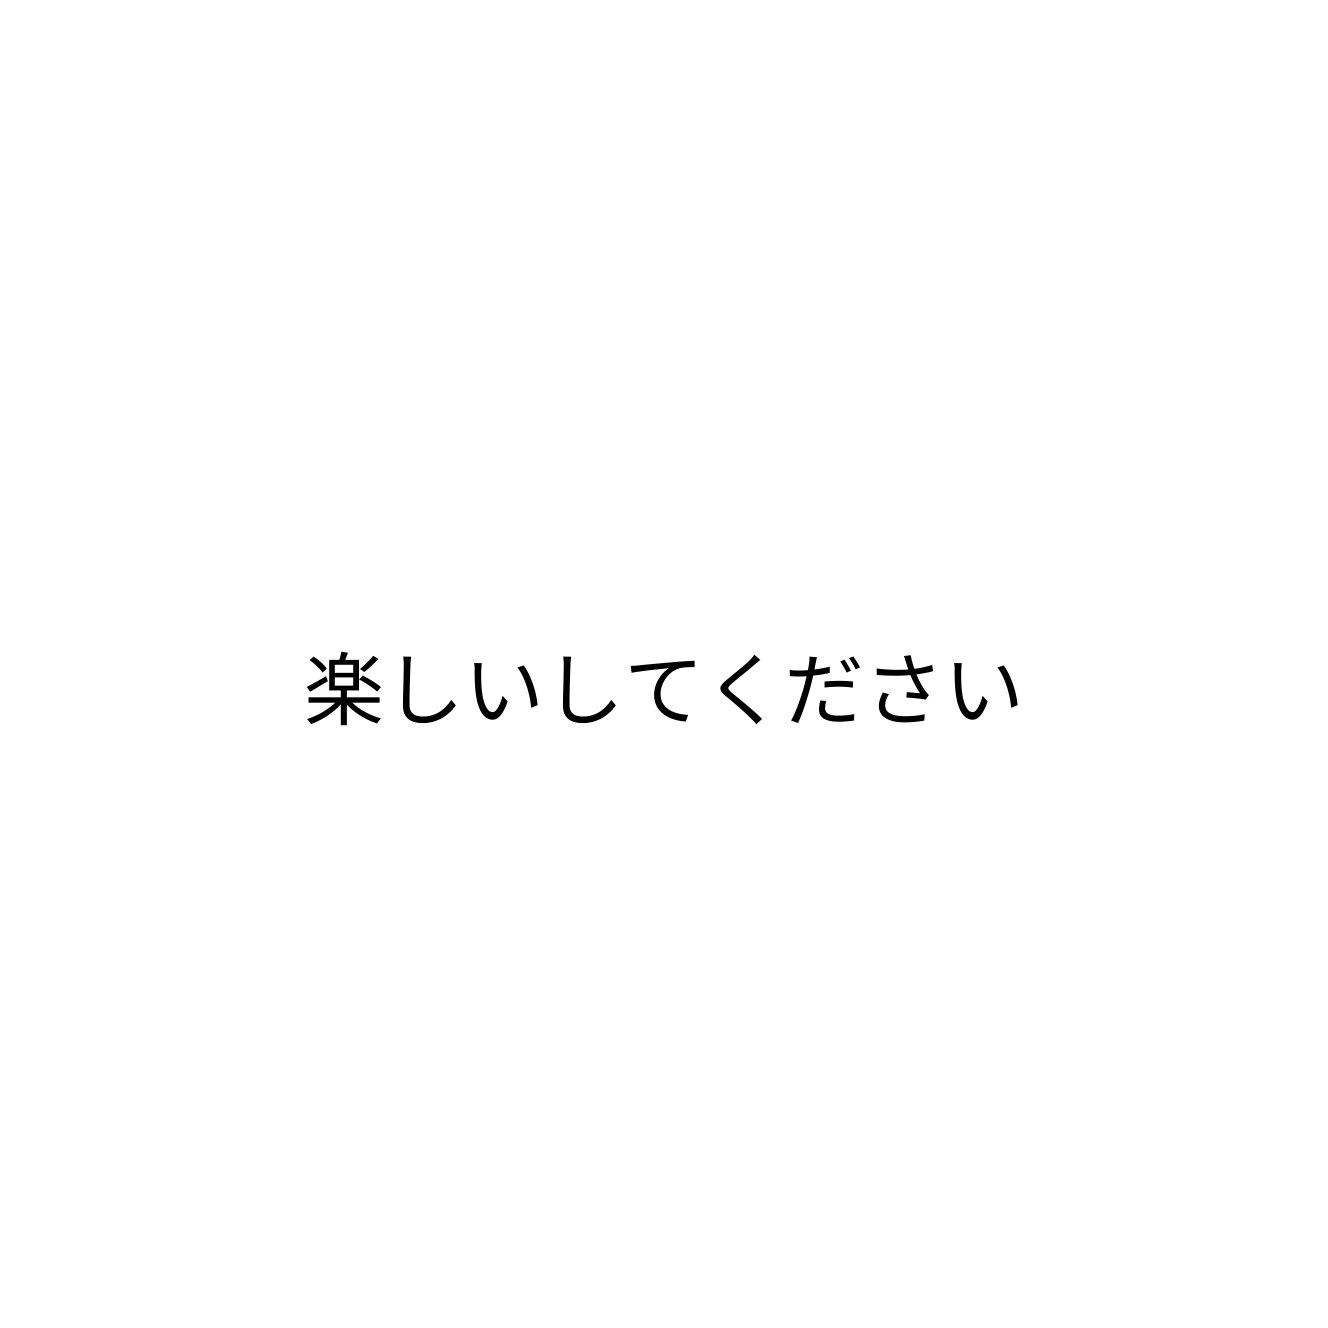
楽しいしてください